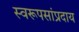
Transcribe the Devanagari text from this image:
स्वरूपसांप्रदाय